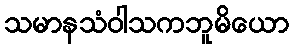
သမာနသံဝါသကဘူမိယော